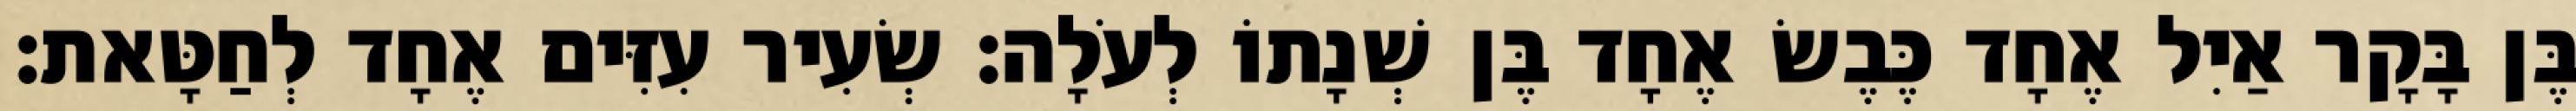
בֶּן בָּקָר אַיִל אֶחָד כֶּבֶשׂ אֶחָד בֶּן שְׁנָתוֹ לְעֹלָה׃ שְׂעִיר עִזִּים אֶחָד לְחַטָּאת׃